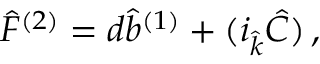
{ \hat { F } } ^ { ( 2 ) } = d { \hat { b } } ^ { ( 1 ) } + ( i _ { \hat { k } } { \hat { C } } ) \, ,